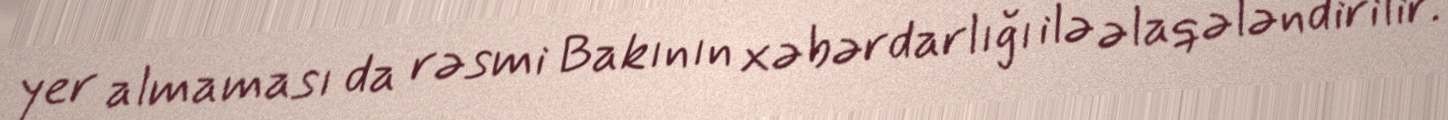
yer almaması da rəsmi Bakının xəbərdarlığı ilə əlaqələndirilir.